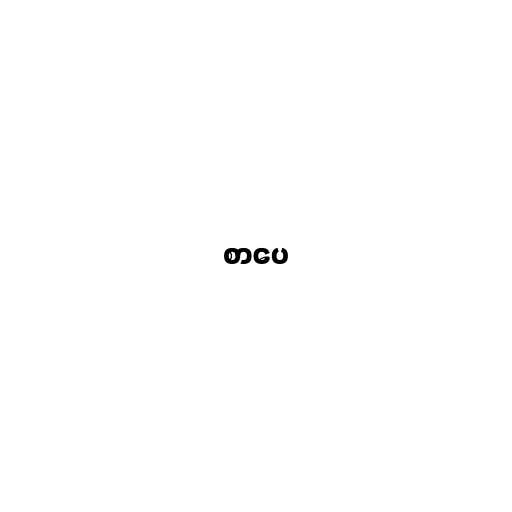
စာပေ